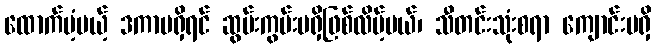
ထောက်ပံ့မယ့် ဒကာမရှိရင် ဆွမ်းကွမ်းမရှိဖြစ်လိမ့်မယ်၊ သီတင်းသုံးစရာ ကျောင်းမရှိ